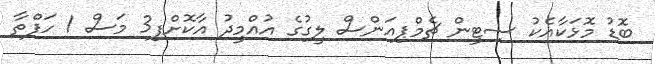
ބޮޑު މޮޅަކާއެކު ސިޓީން ޗެމްޕިއަންސް ލީގުގެ އުއްމީދު އާކޮށްފި3 މަސް 1 ހަފްތާ